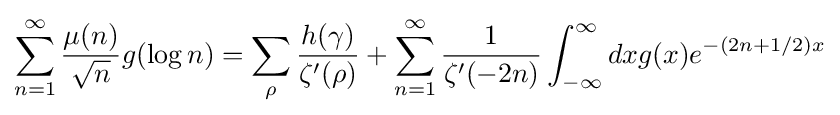
\sum _{n=1}^{\infty }{\frac {\mu (n)}{\sqrt {n}}}g(\log n)=\sum _{\rho }{\frac {h(\gamma )}{\zeta '(\rho )}}+\sum _{n=1}^{\infty }{\frac {1}{\zeta '(-2n)}}\int _{-\infty }^{\infty }dxg(x)e^{-(2n+1/2)x}